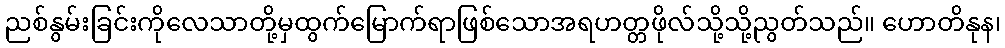
ညစ်နွမ်းခြင်းကိုလေသာတို့မှထွက်မြောက်ရာဖြစ်သောအရဟတ္တဖိုလ်သို့သို့ညွတ်သည်။ ဟောတိနုန၊